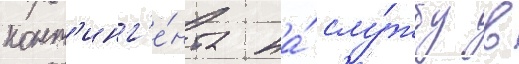
конт'инг'е́нта на́ слу́жбу в